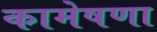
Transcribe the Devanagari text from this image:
कामेषणा